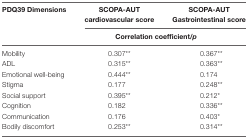
| PDQ39 Dimensions | SCOPA-AUT cardiovascular score | SCOPA-AUT Gastrointestinal score |
 |  | <COLSPAN=2> Correlation coefficient/p |
 | --- | --- | --- |
 | Mobility | 0.307** | 0.367** |
 | ADL | 0.315** | 0.363** |
 | Emotional well-being | 0.444** | 0.174 |
 | Stigma | 0.177 | 0.248** |
 | Social support | 0.395** | 0.212* |
 | Cognition | 0.182 | 0.336** |
 | Communication | 0.176 | 0.403* |
 | Bodily discomfort | 0.253** | 0.314** |